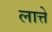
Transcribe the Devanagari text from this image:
लात्ते